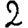
Digit: 2